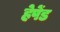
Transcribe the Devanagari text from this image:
हेपेंड